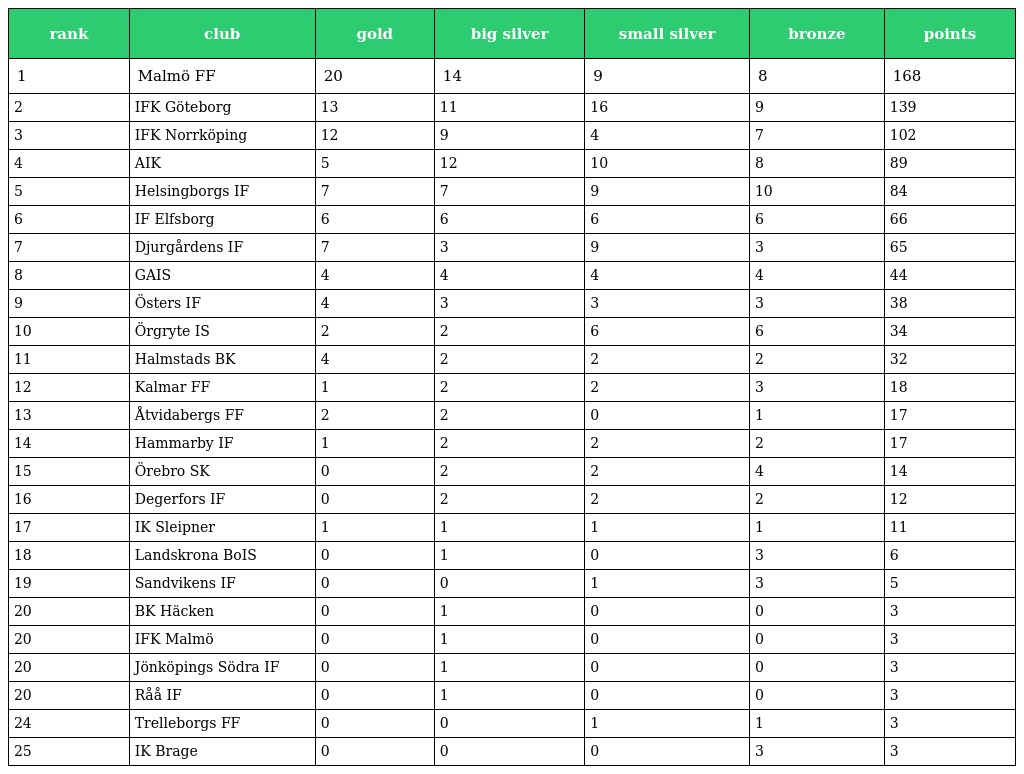
| rank | club | gold | big silver | small silver | bronze | points |
 | --- | --- | --- | --- | --- | --- | --- |
 | 1 | Malmö FF | 20 | 14 | 9 | 8 | 168 |
 | 2 | IFK Göteborg | 13 | 11 | 16 | 9 | 139 |
 | 3 | IFK Norrköping | 12 | 9 | 4 | 7 | 102 |
 | 4 | AIK | 5 | 12 | 10 | 8 | 89 |
 | 5 | Helsingborgs IF | 7 | 7 | 9 | 10 | 84 |
 | 6 | IF Elfsborg | 6 | 6 | 6 | 6 | 66 |
 | 7 | Djurgårdens IF | 7 | 3 | 9 | 3 | 65 |
 | 8 | GAIS | 4 | 4 | 4 | 4 | 44 |
 | 9 | Östers IF | 4 | 3 | 3 | 3 | 38 |
 | 10 | Örgryte IS | 2 | 2 | 6 | 6 | 34 |
 | 11 | Halmstads BK | 4 | 2 | 2 | 2 | 32 |
 | 12 | Kalmar FF | 1 | 2 | 2 | 3 | 18 |
 | 13 | Åtvidabergs FF | 2 | 2 | 0 | 1 | 17 |
 | 14 | Hammarby IF | 1 | 2 | 2 | 2 | 17 |
 | 15 | Örebro SK | 0 | 2 | 2 | 4 | 14 |
 | 16 | Degerfors IF | 0 | 2 | 2 | 2 | 12 |
 | 17 | IK Sleipner | 1 | 1 | 1 | 1 | 11 |
 | 18 | Landskrona BoIS | 0 | 1 | 0 | 3 | 6 |
 | 19 | Sandvikens IF | 0 | 0 | 1 | 3 | 5 |
 | 20 | BK Häcken | 0 | 1 | 0 | 0 | 3 |
 | 20 | IFK Malmö | 0 | 1 | 0 | 0 | 3 |
 | 20 | Jönköpings Södra IF | 0 | 1 | 0 | 0 | 3 |
 | 20 | Råå IF | 0 | 1 | 0 | 0 | 3 |
 | 24 | Trelleborgs FF | 0 | 0 | 1 | 1 | 3 |
 | 25 | IK Brage | 0 | 0 | 0 | 3 | 3 |